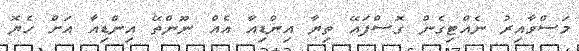
މަސްވާއިރު ނެއްޓިގެން ގޮސްފައޭ ތިޔާ އިންޑިއާ އެއް ނޫންތޭ އިންޑިއާ އަށް ހެޔޮ